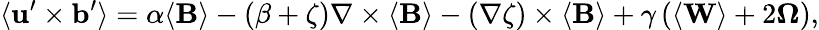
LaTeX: \langle{\mathbf{u}}^{\prime}\times{\mathbf{b}}^{\prime}\rangle=\alpha\langle{\mathbf{B}}\rangle-(\beta+\zeta)\nabla\times\langle{\mathbf{B}}\rangle-(\nabla\zeta)\times\langle{\mathbf{B}}\rangle+\gamma\left(\langle{\mathbf{W}}\rangle+2\boldsymbol{\Omega}\right),